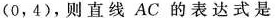
(0，4)，则直线AC的表达式是